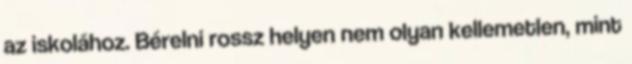
az iskolához. Bérelni rossz helyen nem olyan kellemetlen, mint